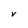
Character: V